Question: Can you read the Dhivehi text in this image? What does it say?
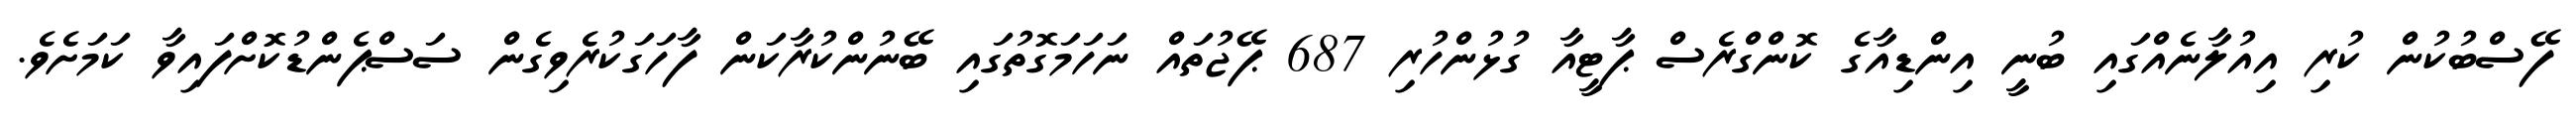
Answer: ފޭސްބުކުން ކުރި އިއުލާނެއްގައި ބުނީ އިންޑިއާގެ ކޮންގްރެސް ޕާޓީއާ ގުޅުންހުރި 687 ޕޭޖުތައް ނަހަމަގޮތުގައި ބޭނުންކުރާކަން ފާހަގަކުރެވިގެން ސަސްޕެންޑުކޮށްފައިވާ ކަމަށެވެ.